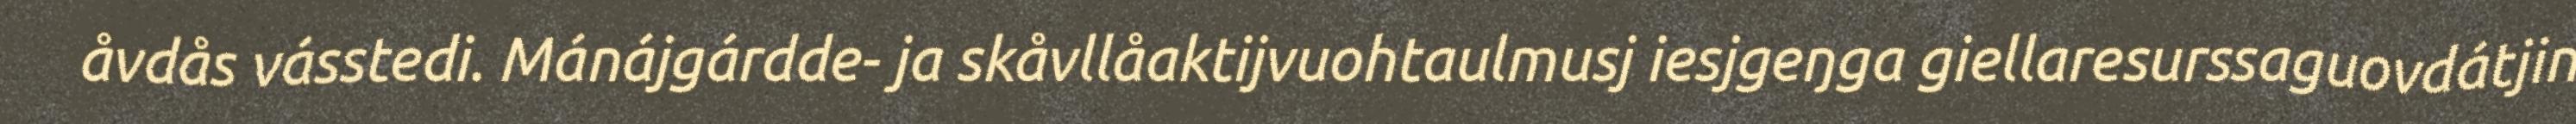
åvdås vásstedi. Mánájgárdde- ja skåvllåaktijvuohtaulmusj iesjgeŋga giellaresurssaguovdátjin